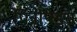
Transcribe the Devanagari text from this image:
पिन्नीपेड्स